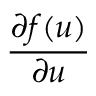
\frac { \partial f ( u ) } { \partial u }